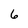
Character: 6